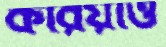
করিয়াও